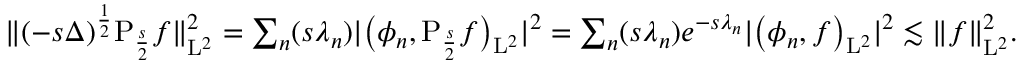
\begin{array} { r } { \| ( - s \Delta ) ^ { \frac { 1 } { 2 } } \mathrm { P } _ { \frac { s } { 2 } } f \| _ { \mathrm { L } ^ { 2 } } ^ { 2 } = \sum _ { n } ( s \lambda _ { n } ) \vert \big ( \phi _ { n } , \mathrm { P } _ { \frac { s } { 2 } } f \big ) _ { \mathrm { L } ^ { 2 } } \vert ^ { 2 } = \sum _ { n } ( s \lambda _ { n } ) e ^ { - s \lambda _ { n } } \vert \big ( \phi _ { n } , f \big ) _ { \mathrm { L } ^ { 2 } } \vert ^ { 2 } \lesssim \| f \| _ { \mathrm { L } ^ { 2 } } ^ { 2 } . } \end{array}